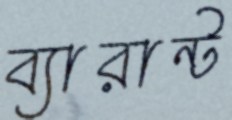
ব্যারান্ট